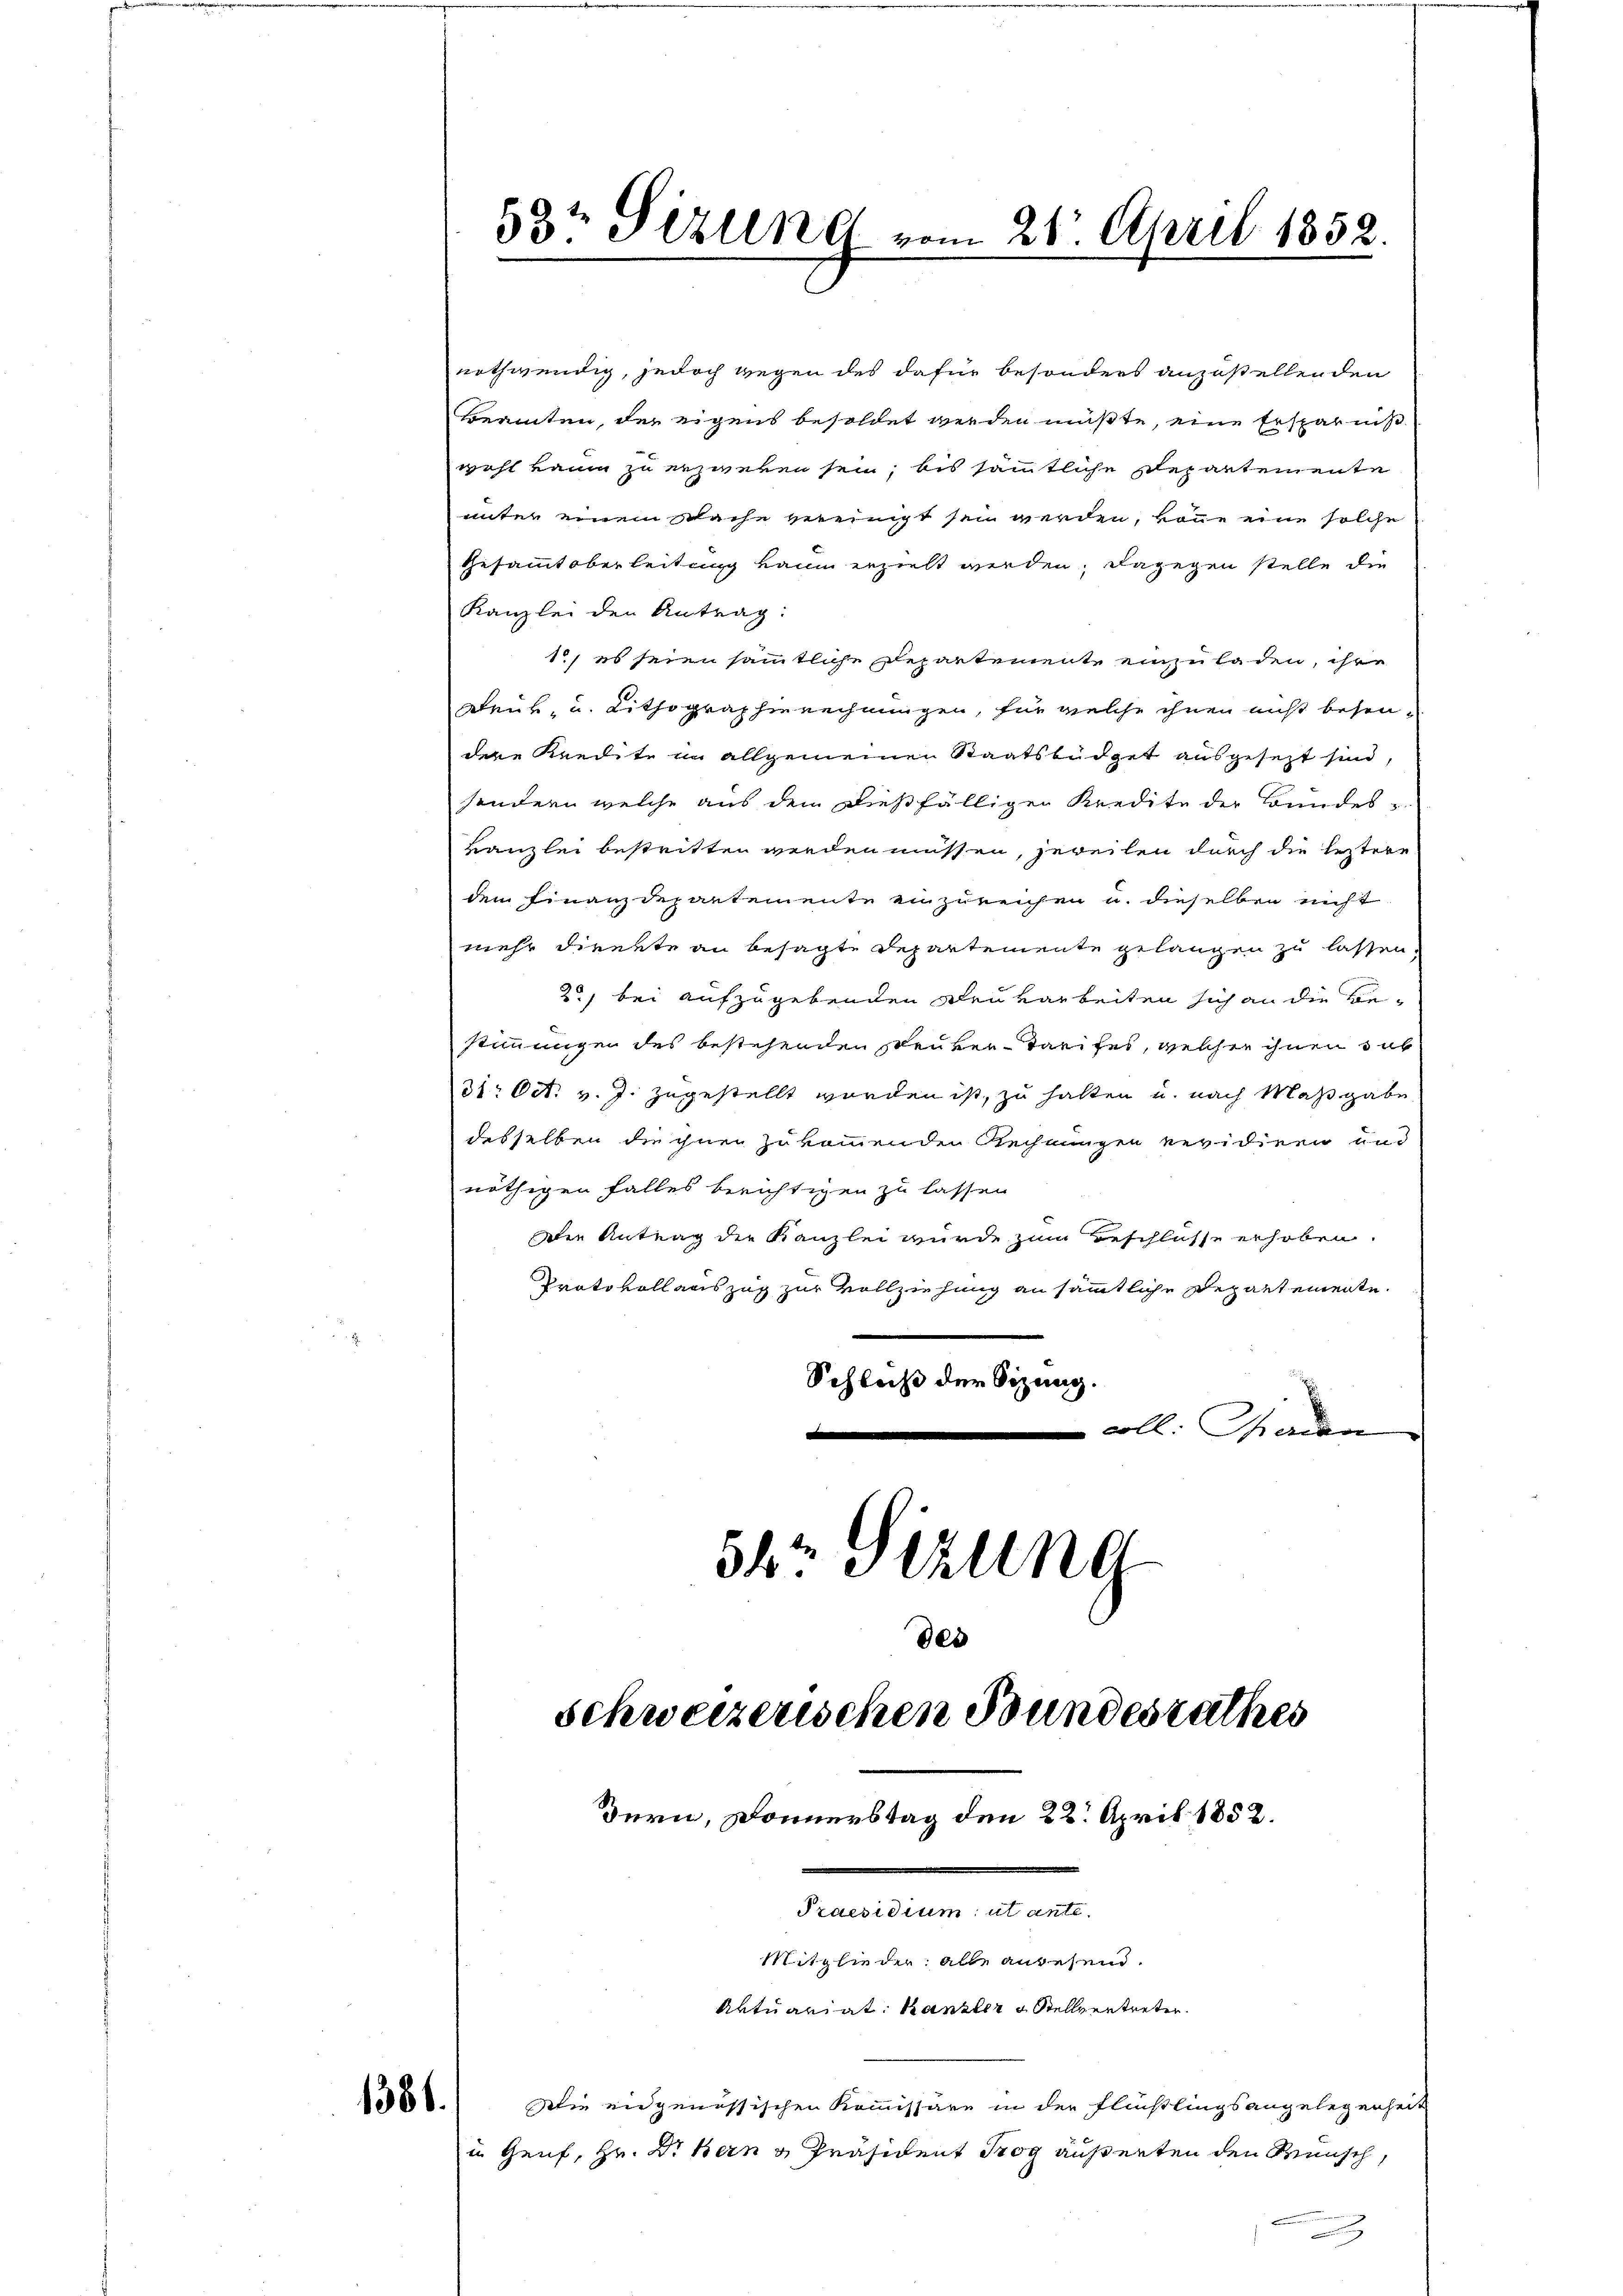
1386.

53t Sizung vom 28. April 1852.

nothwendig, jedoch wegen des dafür besonders anzustellen den
Beamten, der eigens besoldet werden müßte, eine Ersparniß
wohl kaum zu erzwegen sein, bis sämmtliche Departemente
unter einem Wache vereinigt sein werden, könne eine solche
Gesammtoberleitung kaum erzielt werden; dagegen stelle die
Kanzlei den Antrag:
1., es seien sämmtliche Departemente einzuladen, ihre
Druk, u. Lithographienrechnungen, für welche ihnen nicht besondere Kredite in allgemeinen Staatsbüdget ausgesezt sind,
sondern welche aus dem dießfälligen Kredite der Bundes-
Kanzlei bestritten werden müssen, jeweilen durch die leztere
dem Finanzdepartemente einzureichen u. dieselben nicht
mehr direkte an besagte Departemente gelangen zu lassen,
20, bei aufzugebenden Deuvarbeiten sich an die Bestimmungen des bestehenden seuler-Tarifes, welcher ihnen sub
31. Oct. v. J. zugestellt worden ist, zu halten u. nach Maßgabe
desselben die ihnen zukommenden Rechnungen revidiren und
nöthigen Falles berichtigen zu lassen
die Antrag der Kanzlei wurde zum Beschlüsse erhoben.
Protokollauszug zur Vollziehung an sämmtliche Departemente.
Schluß der Sitzung.
coll. Garan
e
5kr. Sizung

Wie eidgenössischen Kommissäre in der Flußlingsangelegenheit
in Genf, Hr. Dr Bern v. Präsident Trog äußerten den Mensch,

des
schweizerischen Bundesrathes

Bern, Donnerstag den 22. April 1852.
Praesidium ut ante.

Mitglieder: alle anwesend.
Aktuariat Kanzler Stellvertreten.